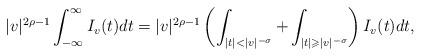
LaTeX: \begin{align*}|v|^{2\rho-1}\int_{-\infty}^\infty I_v(t)dt=|v|^{2\rho-1}\left(\int_{|t|<|v|^{-\sigma}}+\int_{|t|\geqslant|v|^{-\sigma}}\right)I_v(t)dt,\end{align*}